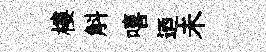
樓斛嘻迺未